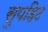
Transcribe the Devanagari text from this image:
सुपहिट